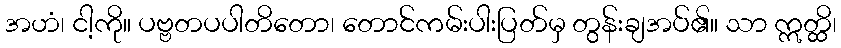
အဟံ၊ ငါ့ကို။ ပဗ္ဗတပပါတိတော၊ တောင်ကမ်းပါးပြတ်မှ တွန်းချအပ်၏။ သာ ဣတ္ထိ၊